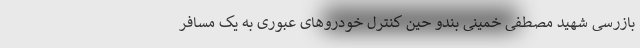
بازرسی شهید مصطفی خمینی بندو حین کنترل خودروهای عبوری به یک مسافر